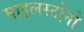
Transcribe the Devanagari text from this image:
माइलस्टोनो